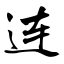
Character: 连